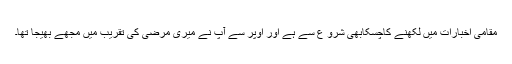
مقامی اخبارات میں لکھنے کاچسکابھی شرو ع سے ہے اور اوپر سے آپ نے میری مرضی کی تقریب میں مجھے بھیجا تھا۔